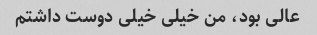
عالی بود، من خیلی خیلی دوست داشتم